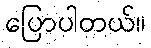
ပြောပါတယ်။